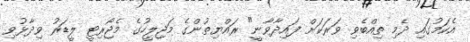
އެކަމުގައި ދެމި ތިއްބެވި ވަރަކަށް ފައިދާވާނީ" ރައްޔިތުންގެ މަޖިލީހުގެ މެޖޯރިޓީ ލީޑަރު ވިދާޅުވި